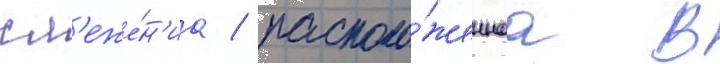
сл'еже́н'иа / располо́женнаа в